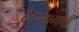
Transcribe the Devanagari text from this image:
देहत्यागाची